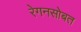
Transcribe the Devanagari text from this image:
रेगनसोबत